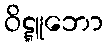
ဝိဋ္ဋူဘော